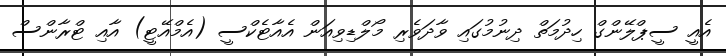
އެއީ ސީޕްލޭންގް ހިދުމަތް ދިނުމުގައި ވާދަވެރި މޯލްޑިވިއަން އެއާޓެކްސީ (އެމްއޭޓީ) އާއި ޓްރާންސް